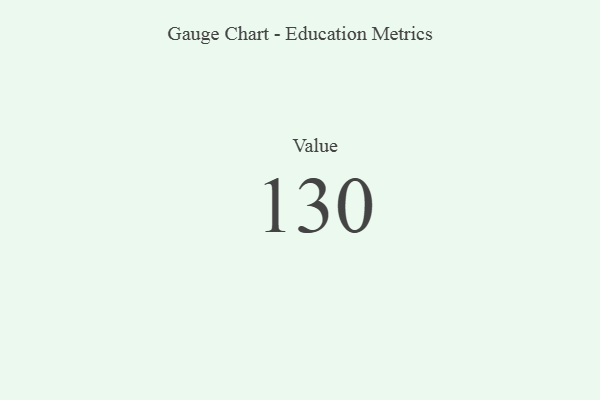
{"axis": {"x": "Metric", "y": "Value"}, "legend": [""], "data": [{"x": "Value", "y": 130, "type": ""}]}